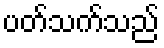
ပတ်သက်သည်